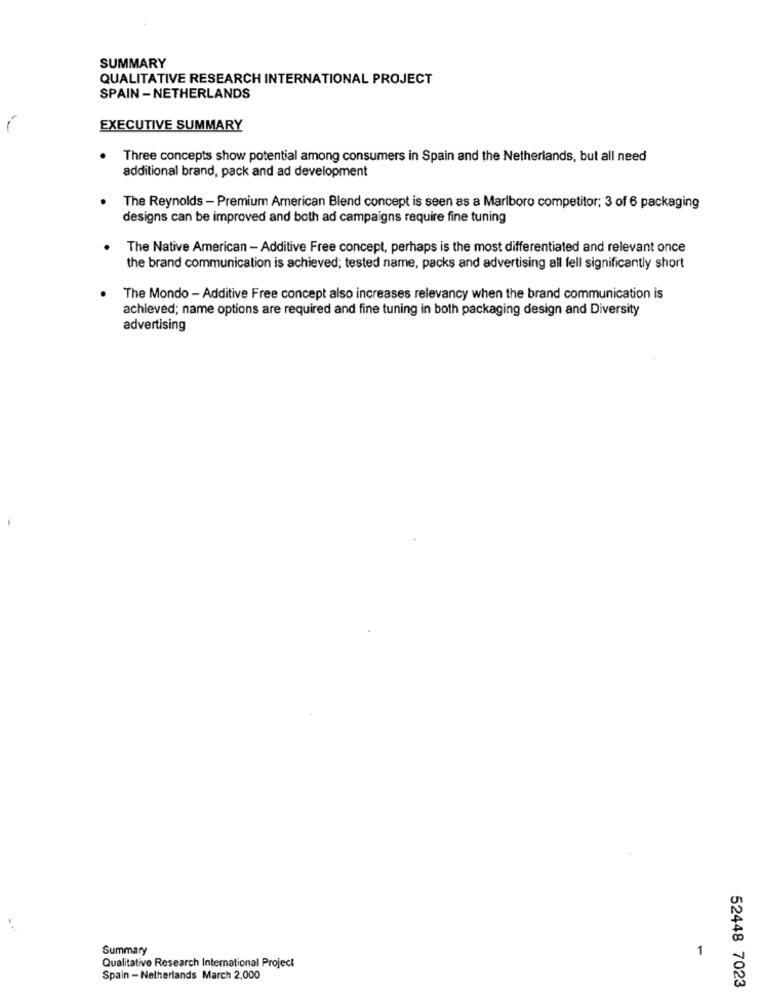
SUMMARY
QUALITATIVE RESEARCH INTERNATIONAL PROJECT
SPAIN - NETHERLANDS
EXECUTIVE SUMMARY
Three concepts show potential among consumers in Spain and the Netherlands, but all need
additional brand, pack and ad development
The Reynolds - Premium American Blend concept is seen as a Marlboro competitor; 3 of 6 packaging
designs can be improved and both ad campaigns require fine tuning
.
The Native American - Additive Free concept, perhaps is the most differentiated and relevant once
the brand communication is achieved; tested name, packs and advertising all fell significantly short
The Mondo - Additive Free concept also increases relevancy when the brand communication is
achieved; name options are required and fine tuning in both packaging design and Diversity
advertising
Summary
1
Qualitative Research International Project
Spain - Netherlands March 2,000
52448 7023